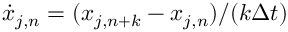
\dot { x } _ { j , n } = ( x _ { j , n + k } - x _ { j , n } ) / ( k { \Delta t } )